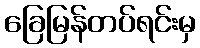
ခြေမြန်တပ်ရင်းမှ